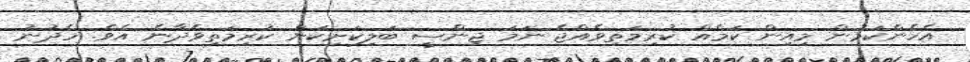
އެހެންކަމުން މިއިން ކަމެއް ކުރިމަތިވެއްޖެ ނަމަ ޖިންސީ ބަލިކަށިކަން ކުރިމަތިވެދާނެ އެވެ. ހެދުނު